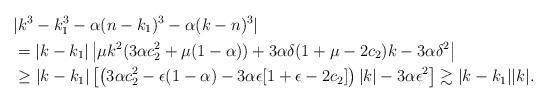
LaTeX: \begin{align*}& |k^3 - k_1^3 - \alpha (n - k_1)^3 - \alpha (k-n)^3| \\&= |k - k_1| \left| \mu k^2(3\alpha c_2^2 + \mu(1-\alpha)) + 3 \alpha \delta(1 + \mu - 2c_2)k - 3 \alpha \delta^2 \right| \\&\geq |k - k_1| \left[ \left( 3 \alpha c_2^2 - \epsilon(1-\alpha) - 3\alpha\epsilon[1 + \epsilon - 2 c_2] \right) |k| - 3 \alpha \epsilon^2 \right] \gtrsim |k-k_1| |k|.\end{align*}